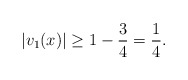
\begin{align*}|v_1(x)|\ge 1-\frac{3}{4}= \frac{1}{4}.\end{align*}